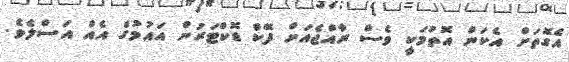
އެގޮތަށް އެކަން އޮތުމަކީ ވެސް ރާއްޖެއަށް ފޭކް ޑޮކްޓަރުން އައުމުގެ އެއް އަސްލެވެ.